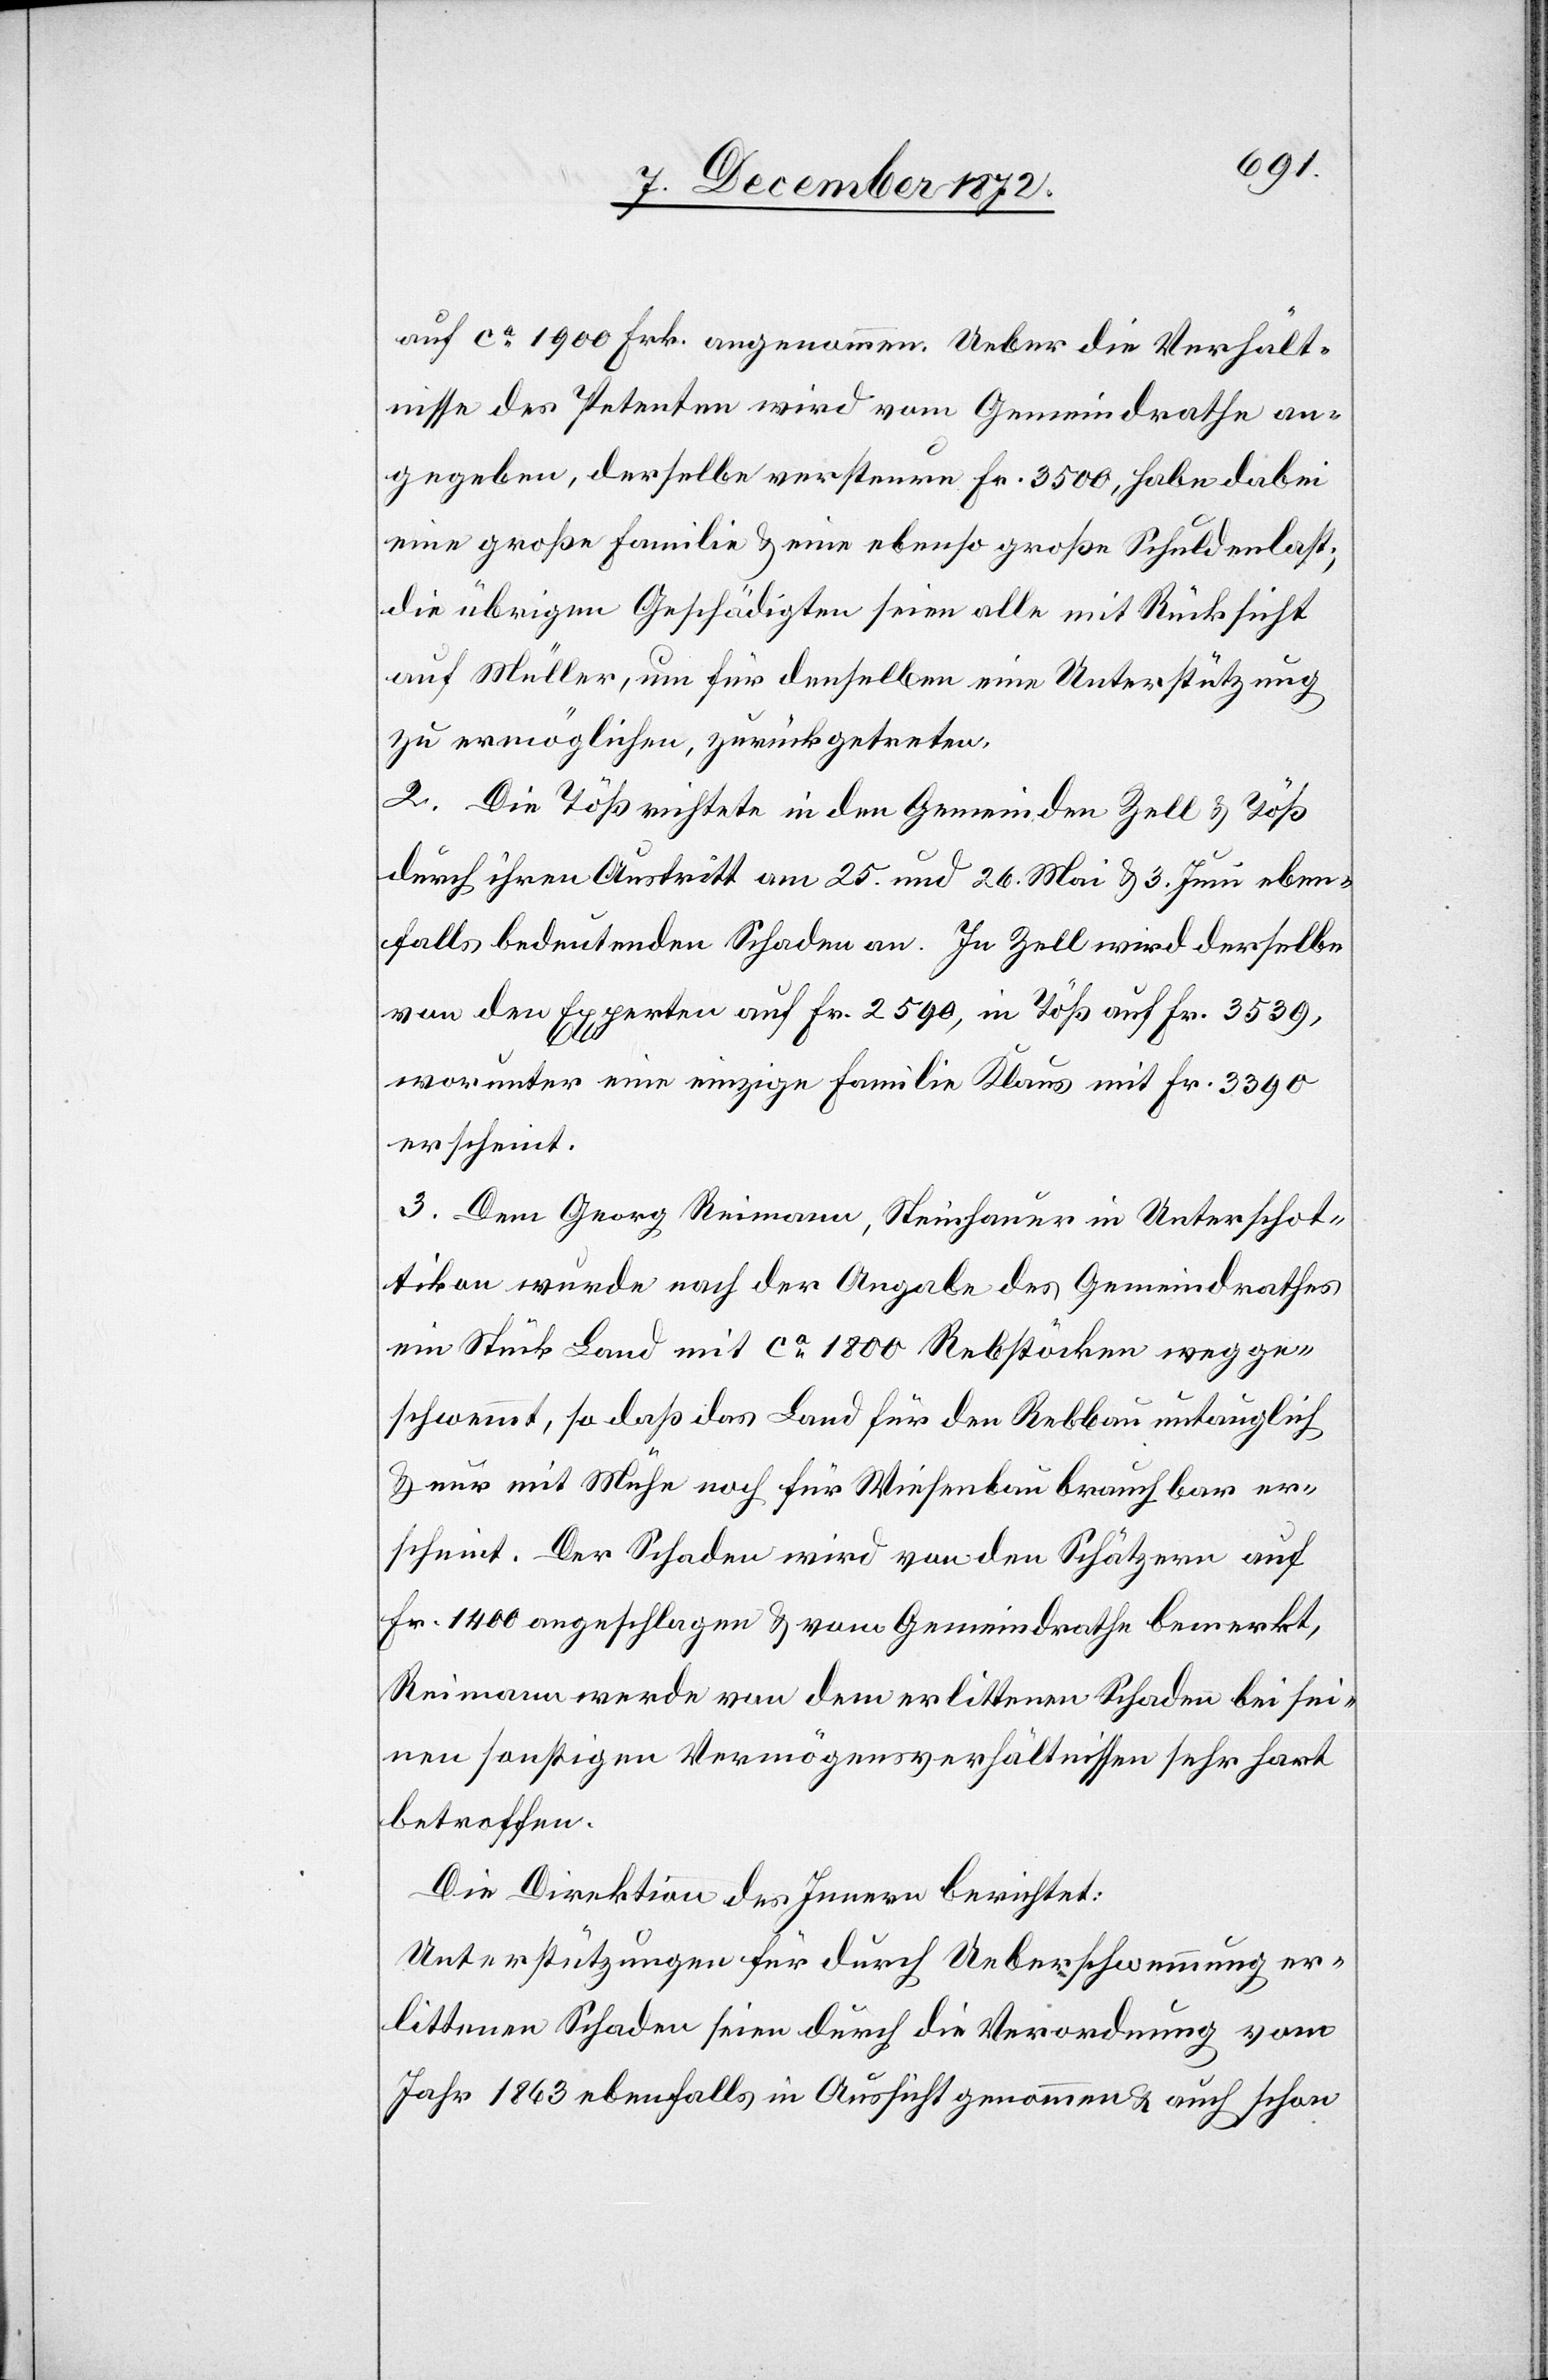
auf ca 1900 Frk. angenommen. Ueber die Verhält¬
nisse des Petenten wird vom Gemeindrathe an¬
gegeben, derselbe versteure Fr. 3500, habe dabei
eine große Familie u. eine ebenso große Schuldenlast;
die übrigen Geschädigten seien alle mit Rücksicht
auf Müller, um für denselben eine Unterstützung
zu ermöglichen, zurückgetreten.
2. Die Töß richtete in den Gemeinden Zell u. Töß
durch ihren Austritt am 25. und 26. Mai u. 3. Juni eben¬
falls bedeutenden Schaden an. In Zell wird derselbe
von den Experten auf Fr. 2590, in Töß auf Fr. 3539,
worunter eine einzige Familie Klaus mit Fr. 3390
erscheint.
3. Dem Georg Reimann, Steinhauer in Unterschot¬
tikon wurde nach der Angabe des Gemeindrathes
ein Stück Land mit ca 1800 Rebstöcken wegge¬
schwemmt, so daß das Land für den Rebbau untauglich
u. nur mit Mühe noch für Wiesenbau brauchbar er¬
scheint. Der Schaden wird von den Schätzern auf
Fr. 1400 angeschlagen u. vom Gemeindrathe bemerkt,
Reimann werde von dem erlittenen Schaden bei sei¬
nen sonstigen Vermögensverhältnissen sehr hart
betroffen.
Die Direktion des Innern berichtet:
Unterstützungen für durch Ueberschwemmung er¬
littenen Schaden seien durch die Verordnung vom
Jahr 1863 ebenfalls in Aussicht genommen u. auch schon